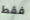
فقط